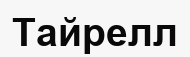
Тайрелл